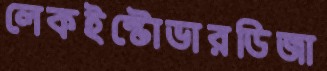
লেকইস্টোভারডিজা